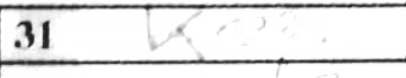
Transcription: Ke2